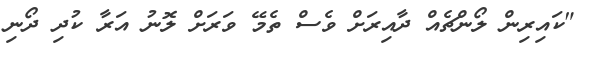
"ކައިރިން ލޯންޗެއް ދާއިރަށް ވެސް ތެމޭ ވަރަށް ލޮނު އަރާ ކުދި ދޯނި